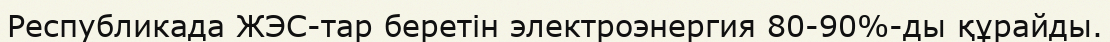
Республикада ЖЭС-тар беретін электроэнергия 80-90%-ды құрайды.